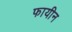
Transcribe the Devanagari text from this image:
फायीन